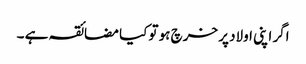
اگر اپنی اولاد پر خرچ ہو تو کیا مضائقہ ہے ۔